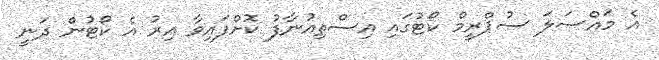
އެ މައްސަލަ ސުޕްރީމް ކޯޓުގައި އިސްތިއުނާފު ކޮށްފައިވާ އިރު އެ ކޯޓުން ދަނީ